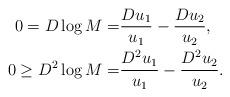
LaTeX: \begin{align*}0=D\log M=&\frac{Du_1}{u_1}-\frac{Du_2}{u_2},\\0\ge D^2\log M=&\frac{D^2u_1}{u_1}-\frac{D^2u_2}{u_2}.\end{align*}